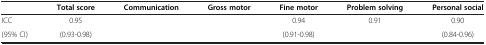
<table><thead><tr><td>[EMPTY_CELL]</td><td><b>Total score</b></td><td><b>Communication</b></td><td><b>Gross motor</b></td><td><b>Fine motor</b></td><td><b>Problem solving</b></td><td><b>Personal social</b></td></tr></thead><tbody><tr><td>ICC</td><td>0.95</td><td>[EMPTY_CELL]</td><td>[EMPTY_CELL]</td><td>0.94</td><td>0.91</td><td>0.90</td></tr><tr><td>(95% CI)</td><td>(0.93-0.98)</td><td>[EMPTY_CELL]</td><td>[EMPTY_CELL]</td><td>(0.91-0.98)</td><td>[EMPTY_CELL]</td><td>(0.84-0.96)</td></tr></tbody></table>